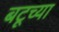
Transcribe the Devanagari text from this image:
बटूच्या